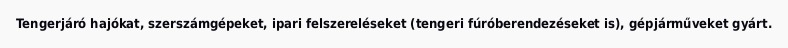
Tengerjáró hajókat, szerszámgépeket, ipari felszereléseket (tengeri fúróberendezéseket is), gépjárműveket gyárt.